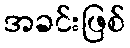
အခင်းဖြစ်